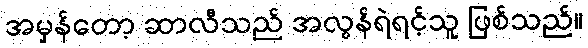
အမှန်တော့ ဆာလီသည် အလွန်ရဲရင့်သူ ဖြစ်သည်။